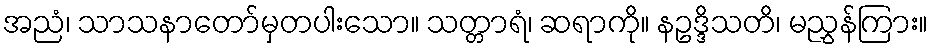
အညံ၊ သာသနာတော်မှတပါးသော။ သတ္တာရံ၊ ဆရာကို။ နဥဒ္ဒိသတိ၊ မညွှန်ကြား။